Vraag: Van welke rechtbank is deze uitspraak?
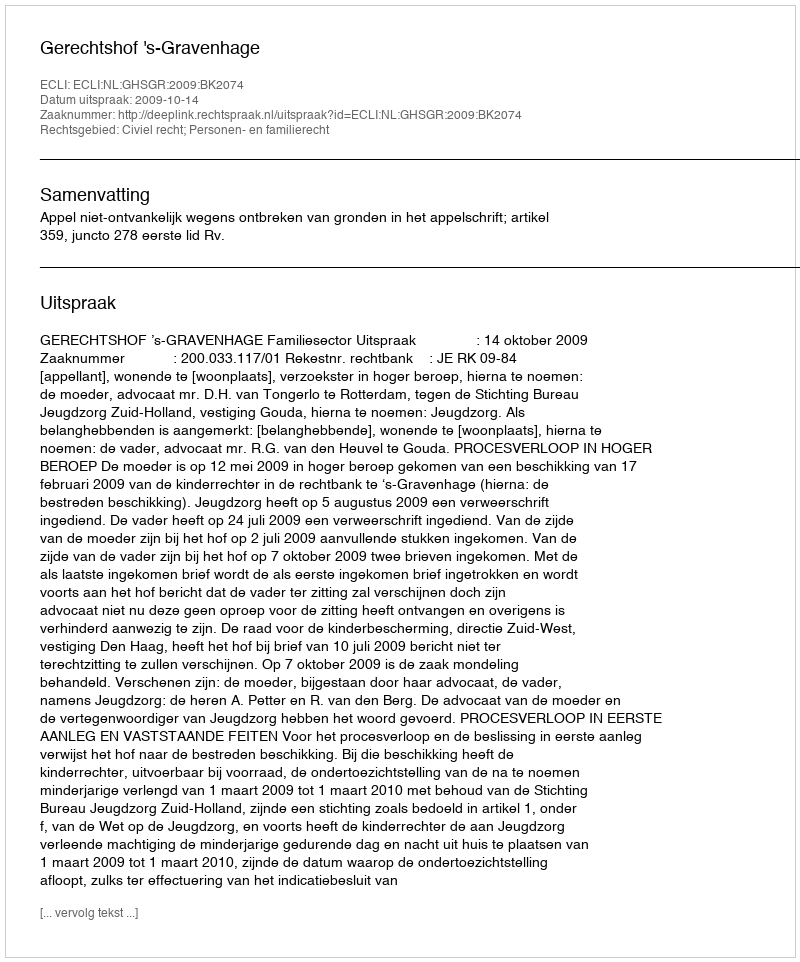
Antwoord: Gerechtshof 's-Gravenhage